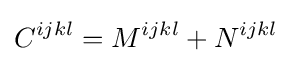
C^{ijkl}=M^{ijkl}+N^{ijkl}